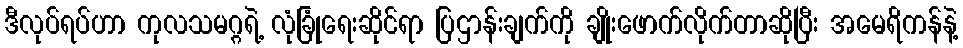
ဒီလုပ်ရပ်ဟာ ကုလသမဂ္ဂရဲ့ လုံခြုံရေးဆိုင်ရာ ပြဌာန်းချက်ကို ချိုးဖောက်လိုက်တာဆိုပြီး အမေရိကန်နဲ့